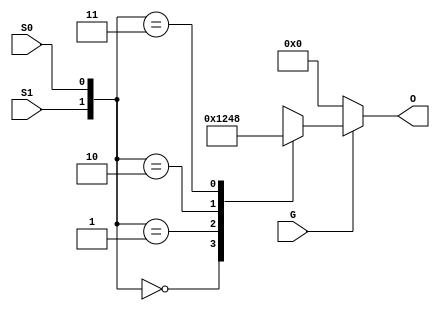
`timescale 1ns / 1ps
//////////////////////////////////////////////////////////////////////////////////
// Company:
// Engineer:
//
// Design Name:
// Module Name:    decoder_2_to_4
// Project Name:
// Target Devices:
// Tool versions:
// Description:
//
// Dependencies:
//
// Revision:
// Revision 0.01 - File Created
// Additional Comments:
//
//////////////////////////////////////////////////////////////////////////////////
module decoder_2_to_4(
	input G,
	input S0,
	input S1,
	output [3:0] O
	);

	wire [1:0] sel;
	reg [3:0] out;

	assign sel = {S1, S0};
	assign O = out;

	always@(G or sel)
	begin
		if (G == 1'b1) begin
			case(sel)
				2'b00: out = 4'b0001;
				2'b01: out = 4'b0010;
				2'b10: out = 4'b0100;
				2'b11: out = 4'b1000;
			endcase
		end
		else begin
			out = 4'b0000;
		end

	end

endmodule